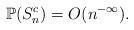
LaTeX: \begin{align*}\mathbb P(S_n^c)=O(n^{-\infty}).\end{align*}